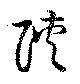
陜